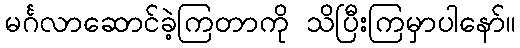
မင်္ဂလာဆောင်ခဲ့ကြတာကို သိပြီးကြမှာပါနော်။